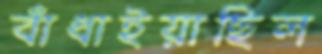
বাঁধাইয়াছিল